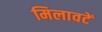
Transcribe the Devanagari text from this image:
मिलावटें